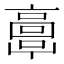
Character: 𩫖